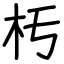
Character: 𣏓